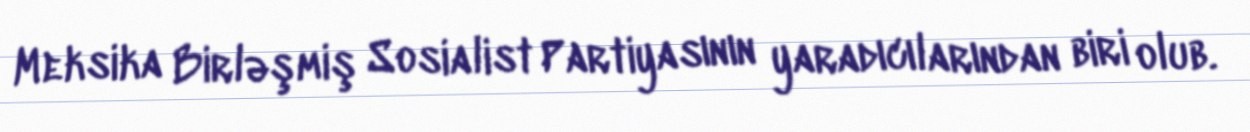
Meksika Birləşmiş Sosialist Partiyasının yaradıcılarından biri olub.